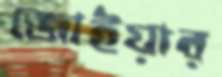
জোইয়ার